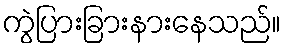
ကွဲပြားခြားနားနေသည်။